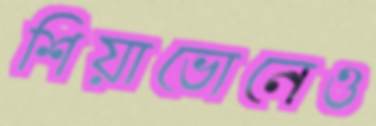
শিয়াভোনেও